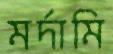
মর্দামি